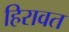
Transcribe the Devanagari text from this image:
हिरावत